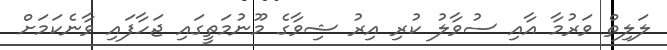
ލަލިތް ވަރުމާ އާއި ސުވާލު ކުރި އިރު ޝިވާގެ މޫނުމަތީގައި ޖަހާފައި ވާނެކަމަށް